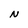
Character: N